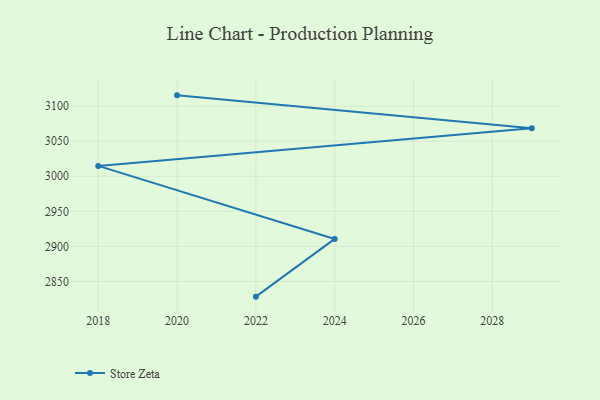
{"axis": {"x": "Year", "y": "Latency (ms)"}, "legend": ["Store Zeta"], "data": [{"x": "2022", "y": 2828.2, "type": "Store Zeta"}, {"x": "2024", "y": 2910.6, "type": "Store Zeta"}, {"x": "2018", "y": 3014.8, "type": "Store Zeta"}, {"x": "2029", "y": 3068.5, "type": "Store Zeta"}, {"x": "2020", "y": 3115.5, "type": "Store Zeta"}]}